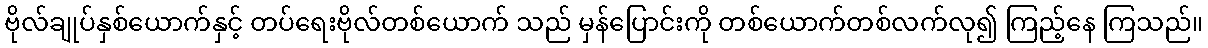
ဗိုလ်ချုပ်နှစ်ယောက်နှင့် တပ်ရေးဗိုလ်တစ်ယောက် သည် မှန်ပြောင်းကို တစ်ယောက်တစ်လက်လု၍ ကြည့်နေ ကြသည်။